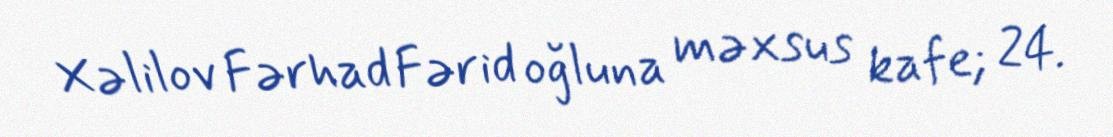
Xəlilov Fərhad Fərid oğluna məxsus kafe; 24.